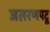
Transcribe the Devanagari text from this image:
जलरणपटू